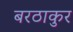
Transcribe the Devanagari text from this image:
बरठाकुर